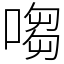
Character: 㗙